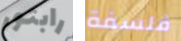
رابتور فلسفة